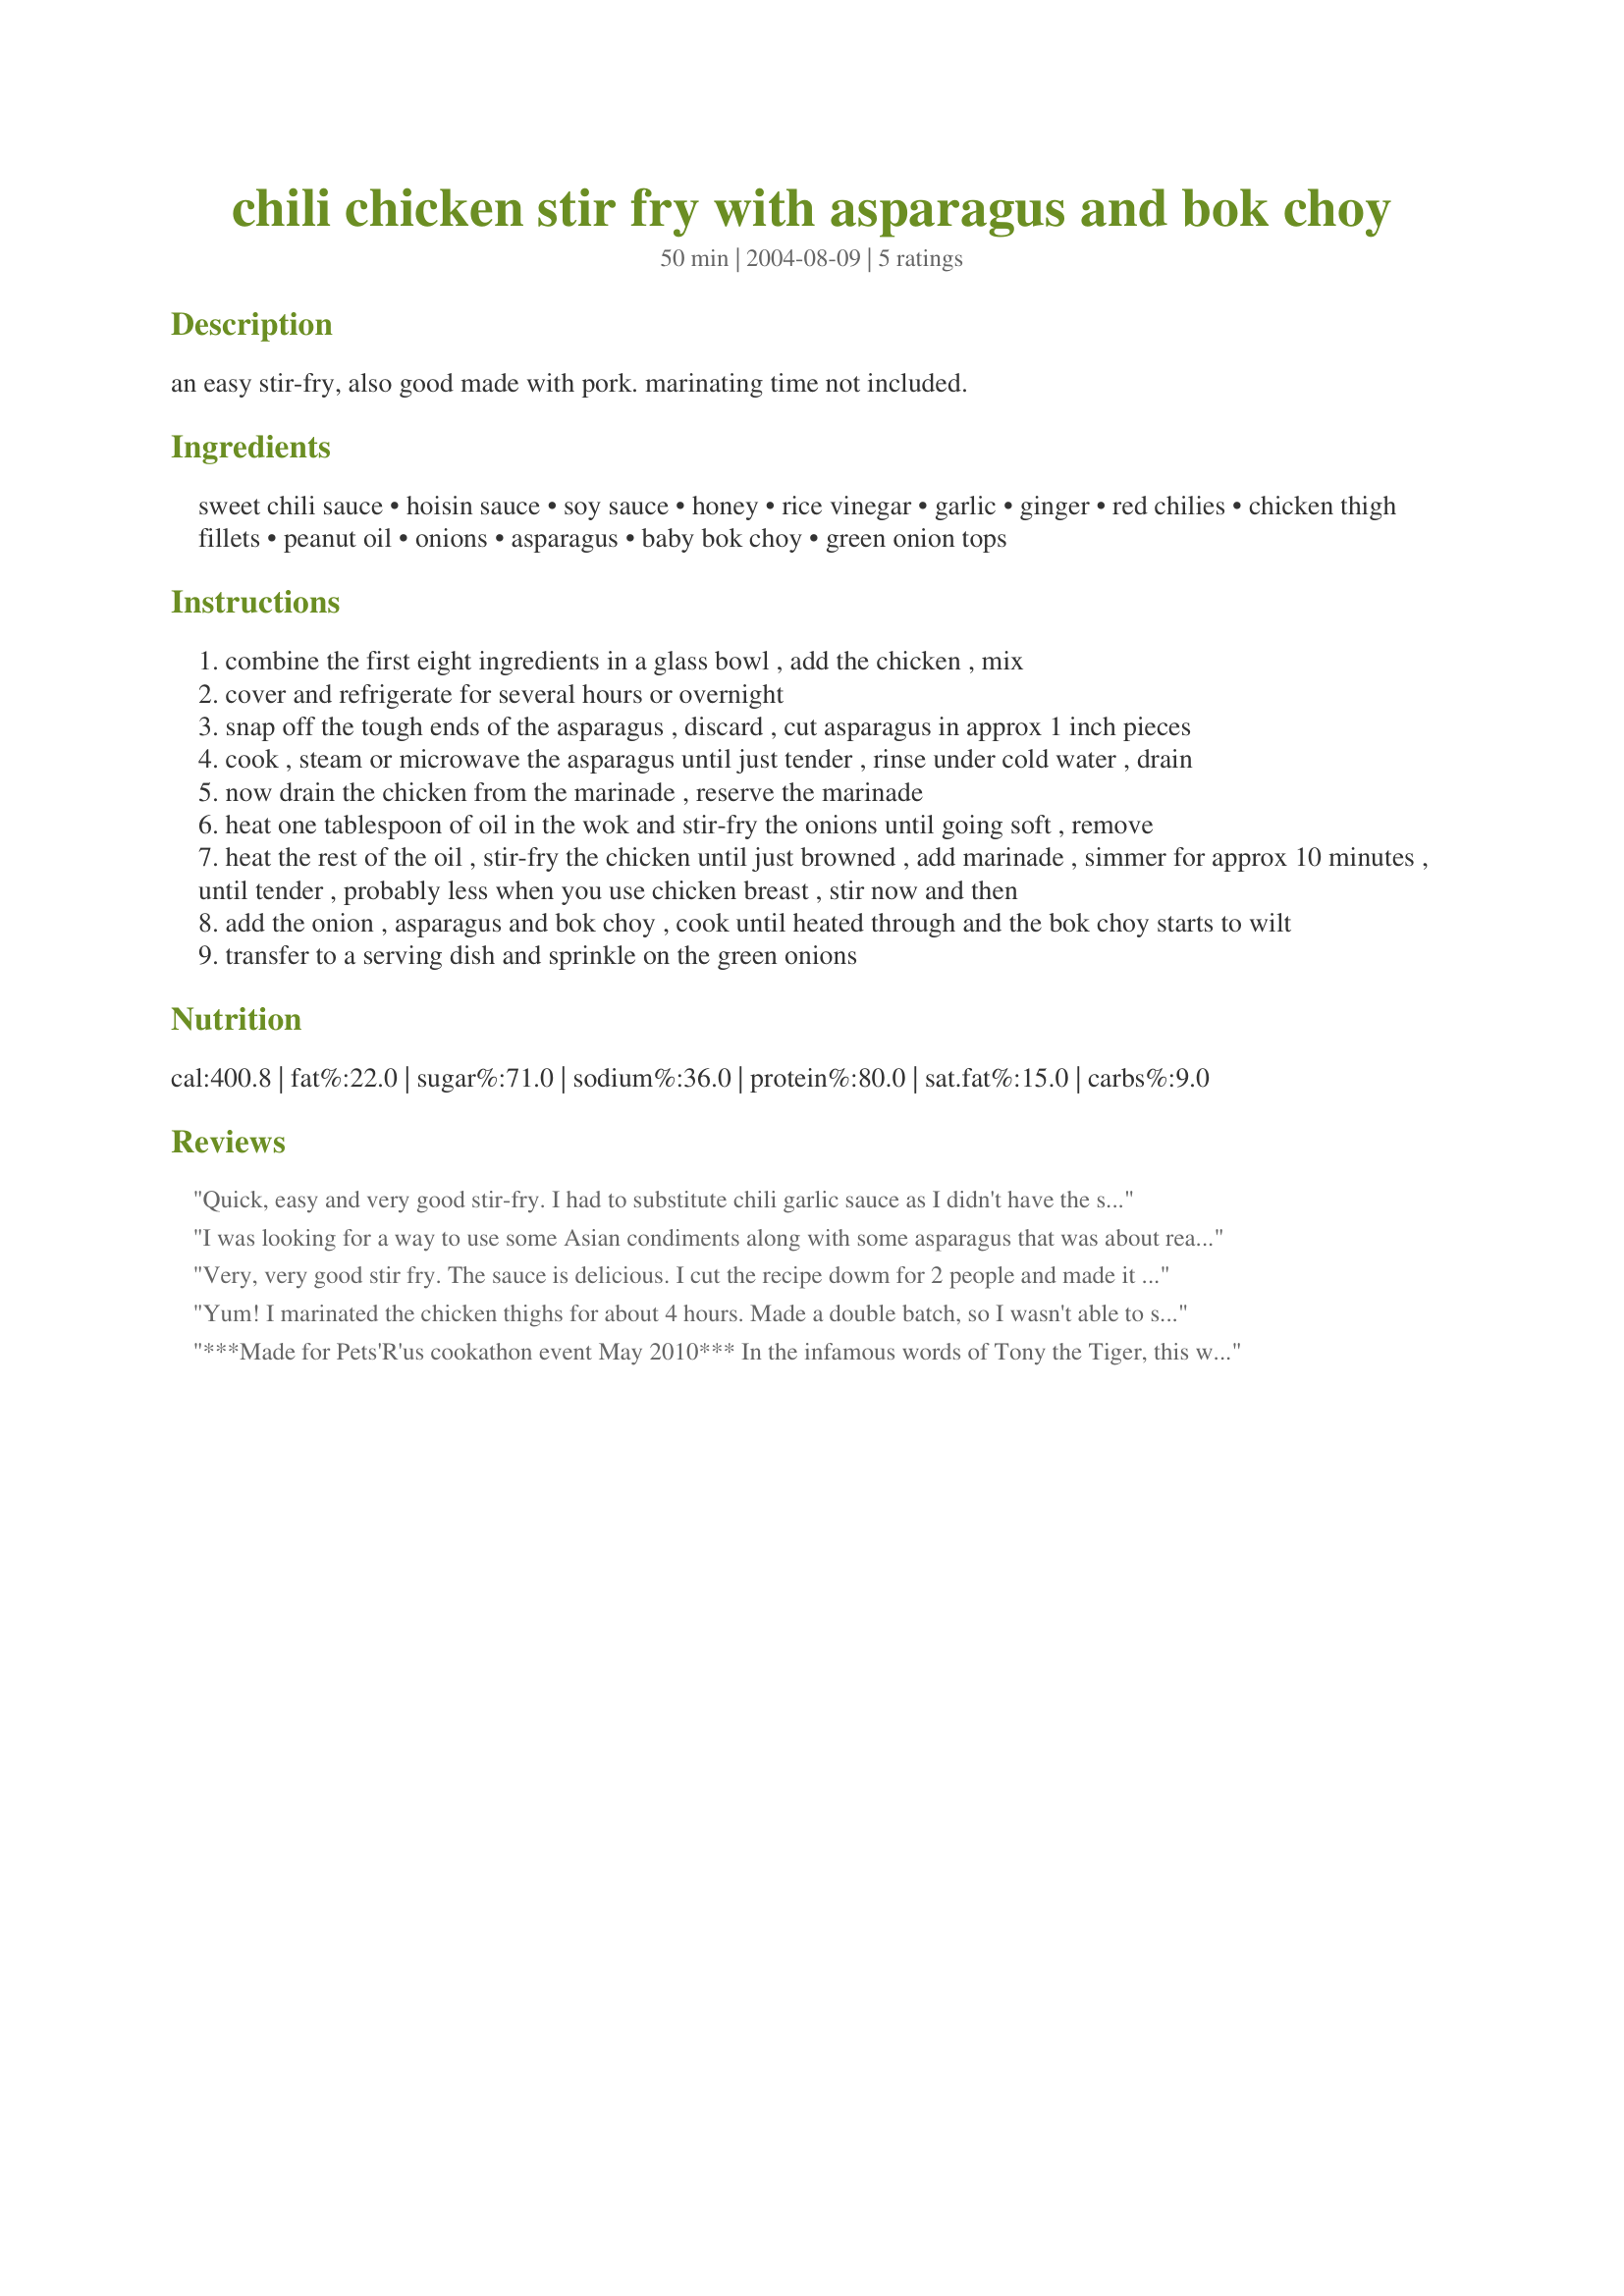
chili chicken stir fry with asparagus and bok choy
Preparation time: 50 minutes

an easy stir-fry, also good made with pork. marinating time not included.

Ingredients:
sweet chili sauce, hoisin sauce, soy sauce, honey, rice vinegar, garlic, ginger, red chilies, chicken thigh fillets, peanut oil, onions, asparagus, baby bok choy, green onion tops

Steps:
combine the first eight ingredients in a glass bowl , add the chicken , mix
cover and refrigerate for several hours or overnight
snap off the tough ends of the asparagus , discard , cut asparagus in approx 1 inch pieces
cook , steam or microwave the asparagus until just tender , rinse under cold water , drain
now drain the chicken from the marinade , reserve the marinade
heat one tablespoon of oil in the wok and stir-fry the onions until going soft , remove
heat the rest of the oil , stir-fry the chicken until just browned , add marinade , simmer for approx 10 minutes , until tender , probably less when you use chicken breast , stir now and then
add the onion , asparagus and bok choy , cook until heated through and the bok choy starts to wilt
transfer to a serving dish and sprinkle on the green onions

Reviews:
Quick, easy and very good stir-fry. I had to substitute chili garlic sauce as I didn't have the sweet chili sauce. I also had to use dried arbol peppers. I broke them open and dumped the seeds on the chicken. Served with brown rice. This would probably also work well with carrots, broccoli, and mushrooms if bok choy or asparagus are not available. We'll be having this again. Thanks for posting.
I was looking for a way to use some Asian condiments along with some asparagus that was about ready to be tossed I had in the frige and came across this recipe and so glad I did! Delicious! We used chicken tenders and I made the marinade before work and came home to finish up dinner - so easy and perfect over rice, even though I skipped the red chilies (I was out) and only used three garlic cloves--it was still spiced just right. Thanks for sharing!
Very, very good stir fry. The sauce is delicious. I cut the recipe dowm for 2 people and made it just like the recipe said. Marinated it for about 4 hours. The chicken has such a good flavor and the sauce is great with the asparagus and bok choy. DH loved this I will be making it again, thank you pet's.
Yum! I marinated the chicken thighs for about 4 hours. Made a double batch, so I wasn't able to stir-fry it properly. I don't care, though! =) I added mushrooms, squash, broc, cauli, & other stir fry veggies along with the bok choy and asparagus. Turned out wonderfully moist and delicious. Hubby requested it again
***Made for Pets'R'us cookathon event May 2010***
In the infamous words of Tony the Tiger, this was GGGRRREAT! I really enjoyed this. 2 things I did different, not by choice though. I used regualar cabbage because the Bok Choy was horrible at the store. And I cannot get red chiles here. So, I used a chili garlic sauce, and added in about 1/2 tsp of red pepper flakes. It was perfect amount of "heat" for me. Thanks Pets for such a great recipe.
